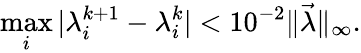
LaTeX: \operatorname*{max}_{i}|\lambda_{i}^{k+1}-\lambda_{i}^{k}|<10^{-2}\| \vec{\lambda}\| _{\infty}.